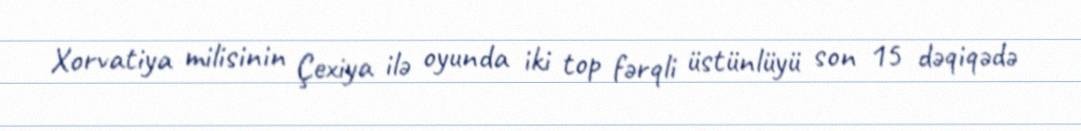
Xorvatiya milisinin Çexiya ilə oyunda iki top fərqli üstünlüyü son 15 dəqiqədə